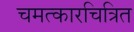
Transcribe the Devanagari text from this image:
चमत्कारचित्रित